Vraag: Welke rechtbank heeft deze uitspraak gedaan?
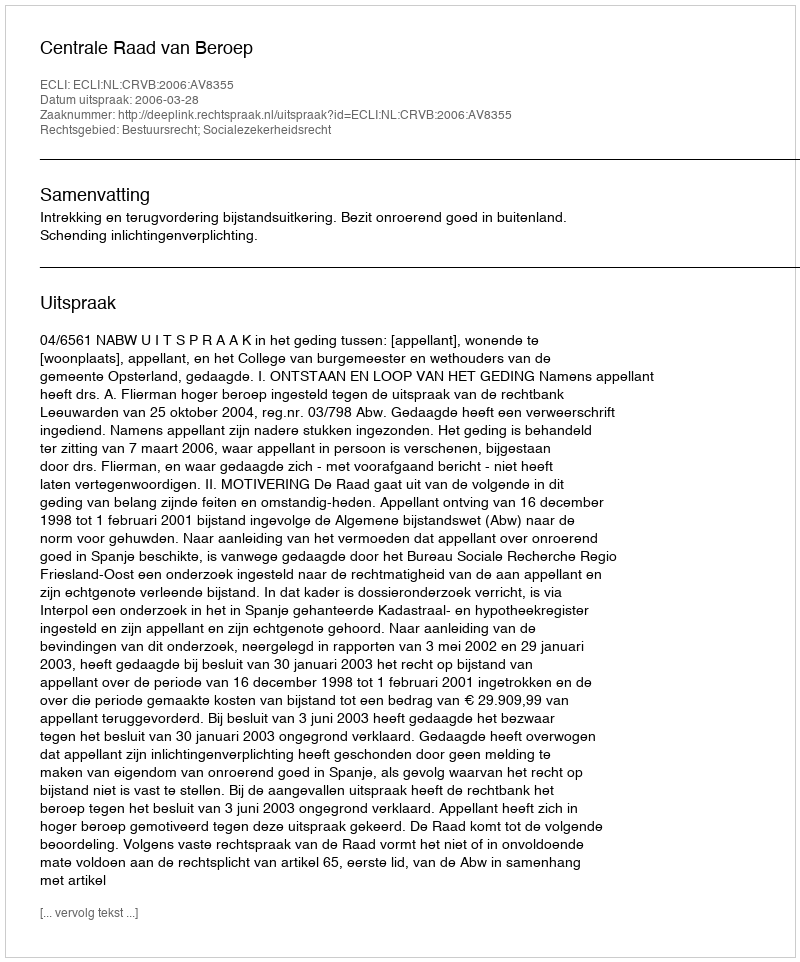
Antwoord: Centrale Raad van Beroep